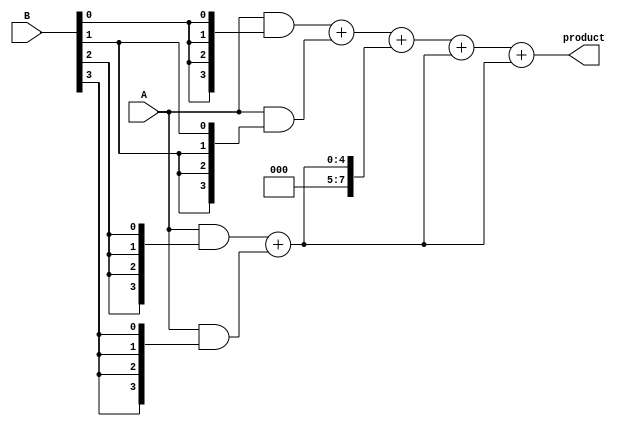
module dadda_multiplier #(parameter N = 4) (
    input [N-1:0] A,
    input [N-1:0] B,
    output reg [2*N-1:0] product
);
    
    // Partial product generation
    wire [N-1:0] pp [0:N-1]; // Partial products
    genvar i, j;
    
    // Generate partial products
    generate
        for (i = 0; i < N; i = i + 1) begin : gen_partial_products
            assign pp[i] = A & {N{B[i]}};
        end
    endgenerate

    // Reduction tree
    reg [2*N-1:0] sum [0:N-1]; // Intermediate sums
    reg [N:0] carry [0:N-1];   // Carry bits
    
    integer stage, k;
    
    // Initial load of partial products
    always @* begin
        for (k = 0; k < N; k = k + 1) begin
            sum[k] = {8'b0, pp[k]}; // Extend to accommodate carries
            carry[k] = 0;
        end
        
        // Dadda reduction
        for (stage = 0; stage < N-1; stage = stage + 1) begin
            for (k = 0; k < (N + 1) / 2; k = k + 1) begin
                if (2*k < N) begin
                    sum[k] = sum[2*k] + sum[2*k + 1];
                end
                if (2*k + 1 < N) begin
                    carry[k] = carry[2*k] + carry[2*k + 1];
                end
            end
            // Handle remaining sums/carries
            if (N % 2 == 1) begin
                sum[(N + 1) / 2] = sum[N - 1];
            end
        end
    end

    // Final addition of the last two rows
    always @* begin
        product = sum[0] + sum[1]; // Add the last two sums
    end

endmodule